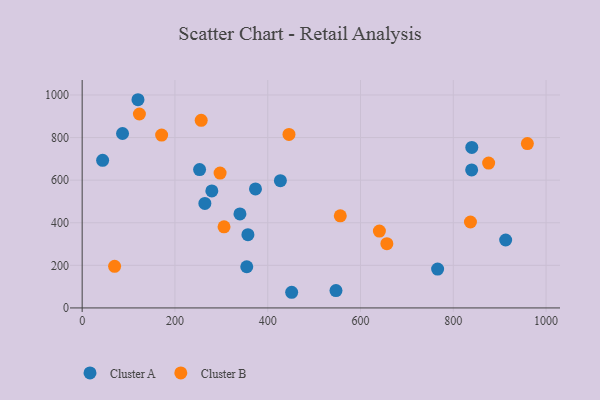
{"axis": {"x": "Engine Size", "y": "Salary"}, "legend": ["Cluster A", "Cluster B"], "data": [{"x": "340.1", "y": 441.6, "type": "Cluster A"}, {"x": "279.5", "y": 549.2, "type": "Cluster A"}, {"x": "264.5", "y": 490.7, "type": "Cluster A"}, {"x": "912.9", "y": 318.9, "type": "Cluster A"}, {"x": "354.8", "y": 193.4, "type": "Cluster A"}, {"x": "451.6", "y": 73.5, "type": "Cluster A"}, {"x": "44.1", "y": 693.3, "type": "Cluster A"}, {"x": "253.1", "y": 649.9, "type": "Cluster A"}, {"x": "373.6", "y": 558.6, "type": "Cluster A"}, {"x": "839.9", "y": 753.9, "type": "Cluster A"}, {"x": "547.1", "y": 81.7, "type": "Cluster A"}, {"x": "839.6", "y": 647.9, "type": "Cluster A"}, {"x": "87.0", "y": 819.2, "type": "Cluster A"}, {"x": "120.3", "y": 977.7, "type": "Cluster A"}, {"x": "766.2", "y": 182.4, "type": "Cluster A"}, {"x": "357.3", "y": 343.8, "type": "Cluster A"}, {"x": "427.3", "y": 597.5, "type": "Cluster A"}, {"x": "959.7", "y": 771.6, "type": "Cluster B"}, {"x": "640.7", "y": 360.8, "type": "Cluster B"}, {"x": "171.3", "y": 811.8, "type": "Cluster B"}, {"x": "305.8", "y": 380.7, "type": "Cluster B"}, {"x": "123.4", "y": 910.6, "type": "Cluster B"}, {"x": "876.2", "y": 680.3, "type": "Cluster B"}, {"x": "297.3", "y": 633.1, "type": "Cluster B"}, {"x": "656.8", "y": 301.7, "type": "Cluster B"}, {"x": "837.0", "y": 403.5, "type": "Cluster B"}, {"x": "556.4", "y": 432.4, "type": "Cluster B"}, {"x": "445.8", "y": 814.8, "type": "Cluster B"}, {"x": "256.6", "y": 881.1, "type": "Cluster B"}, {"x": "69.9", "y": 195.4, "type": "Cluster B"}]}